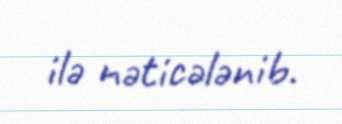
ilə nəticələnib.